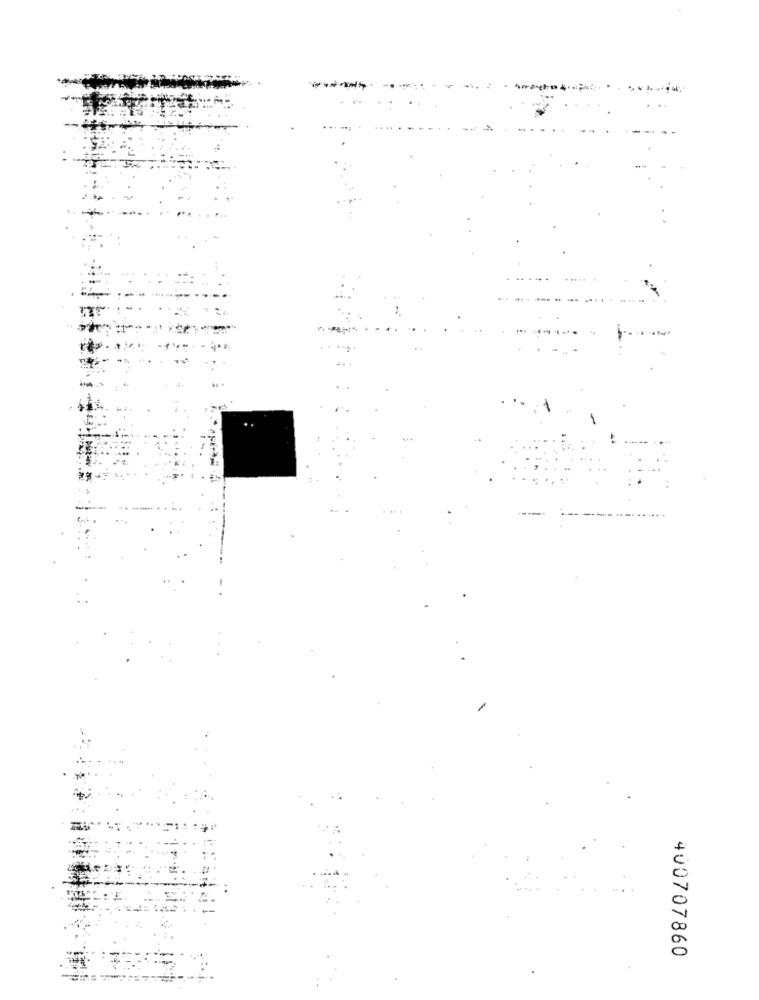
400707860